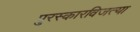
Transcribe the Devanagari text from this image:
पुरस्कारविजत्या